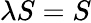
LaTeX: \lambda S=S